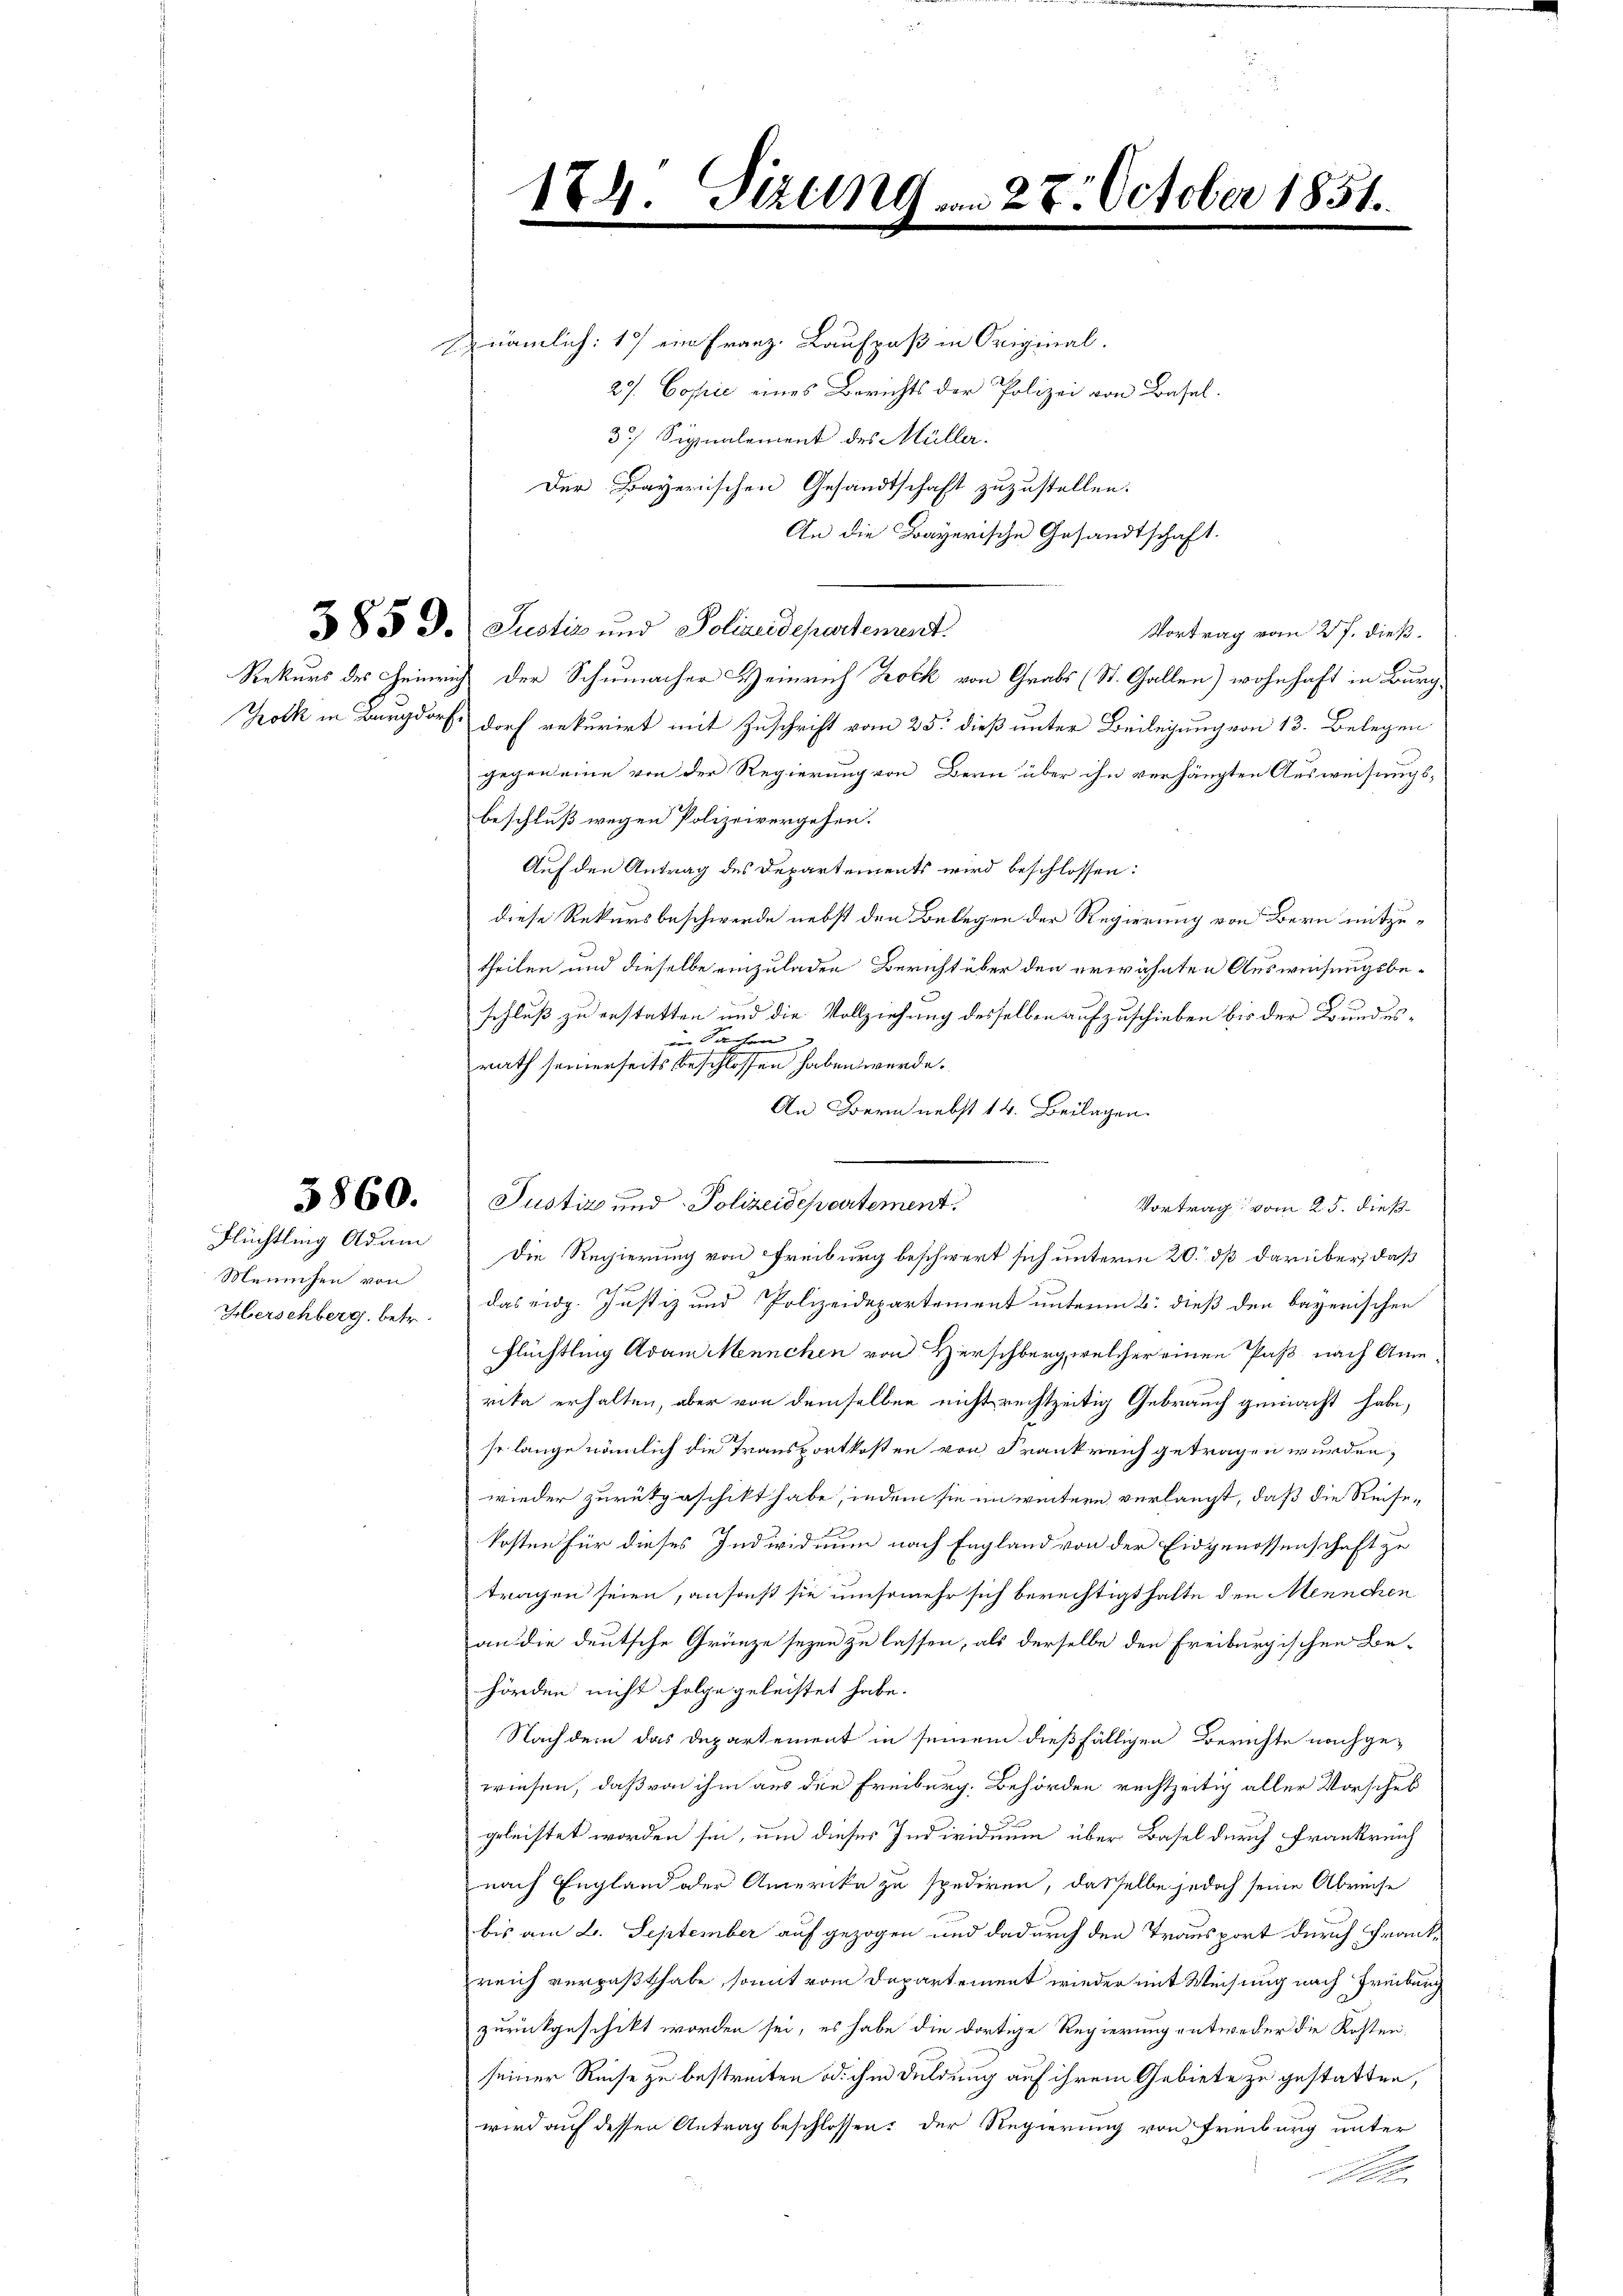
5860.

Flüchtling Adam
Mennchen von
Herschberg, betr.

.

1

nämlich: 1) ein Franz. Laufpaß in Original-
27. Copie eines Berichts der Polizei von Basel.
3. Signalement des Müller.
Der Bayerischen Gesandtschaft zuzustellen.
An die Bayerische Gesandtschaft.
385 d. Justiz und Polizeidepartement.
Vortrag vom 27. dieß.
Rekurs des Heinrich der Schumacher Heinrich Bock von Grabs (St. Gallen) wohnhaft in Burg,
Trock in Bau dorf rekurirt mit Zuschrift vom 25. dieß unter Beilegung von 13. Belegen
gegen eine von der Regierung von Bern über ihn verhängten Ausweisungsbeschluß wegen Polizeivergehen.
Auf den Antrag des Departements wird beschlossen:
diese Rekursbeschwerde nebst den Belegen der Regierung von Bern mitzutheilen und dieselbe einzuladen Bericht über den erwähnten Ausweisungsbeschluß zu erstatten und die Vollziehung desselben aufzuschieben bis der Bundesin Sachen |
rath seinerseits beschlossen haben werde.
An Bern nebst 14. Beilagen.
Die Regierung von Freiburg beschwert sich unterm 20. dß darüber, daß
das eidg. Justiz und Polizeidepartement unterm 6. dieß den bayerischen
Flüchtling Adam Mennchen von Herschberg, welcher einen Paß nach Anne
rika erhalten, aber von demselben nicht rechtzeitig Gebrauch gemacht habe,
so lange nämlich die Transportkosten von Frankreich getragen wurden,
wieder zurükgeschikt habe, indem sie im weitere verlangt, daß die Reisekosten für dieses Individuum nach England von der Eidgenossenschaft zu
tragen seien, ansonst sie umsomehr sich berechtigt hatte den Mennchen
an die deutsche Gränze seyen zu lassen, als derselbe den Freiburgischen Be-
hörden nicht folge geleistet habe.
Nachdem das Departement in seinem dießfälligen Berichte nachge-
wiesen, daß von ihm aus den Freiburg. Behörden rechtzeitig aller Vorschub
geleistet worden sei, um dieser Individuum über Basel durch Frankreich
nach England oder Amerika zu spediren, dasselbe jedoch seine Abreise
bis am 2. September auf gezogen und dadurch den Transport durch Frankreich verpaßt habe, somit vom Departement wieder mit Weisung nach Freiburg
zurückgeschikt worden sei, es habe die dortige Regierung entweder die Kosten,
seiner Reise zu bestreiten od. ihm Duldung auf ihrem Gebiete zu gestatten,
wird auf dessen Antrag beschlossen: der Regierung von Freiburg unter

Justiz und Polizeidepartement.

4. Sizung am 27. October 1851.

Vortrag vom 25. dieß¬